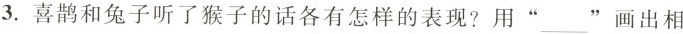
3.喜鹊和兔子听了猴子的话各有怎样的表现?用”___”画出相